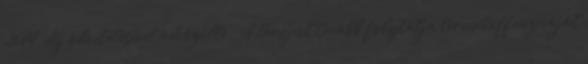
2014" díj odaítélésével üdvözölte. „A Peugeot tovább folytatja termékoffenzíváját